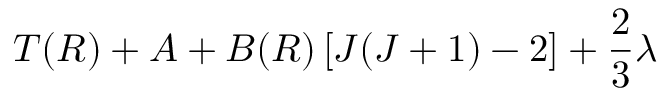
T ( R ) + A + B ( R ) \left[ J ( J + 1 ) - 2 \right] + \frac { 2 } { 3 } \ensuremath { \lambda }